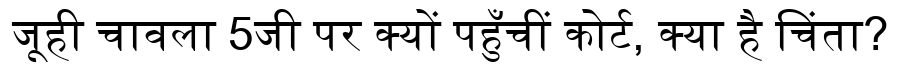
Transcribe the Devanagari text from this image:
जूही चावला 5जी पर क्यों पहुँचीं कोर्ट, क्या है चिंता?